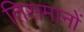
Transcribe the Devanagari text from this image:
तिसमानों